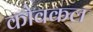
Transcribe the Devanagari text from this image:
कोवकल